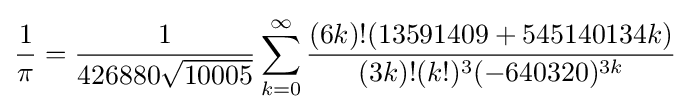
{\frac {1}{\pi }}={\frac {1}{426880{\sqrt {10005}}}}\sum _{k=0}^{\infty }{\frac {(6k)!(13591409+545140134k)}{(3k)!(k!)^{3}(-640320)^{3k}}}